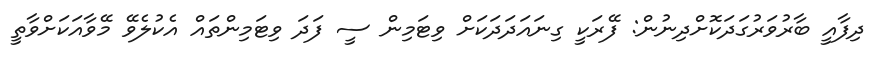
ދިފާއީ ބާރުވަރުގަދަކޮށްދިނުން: ފޭރަކީ ގިނައަދަދަކަށް ވިޓަމިން ސީ ފަދަ ވިޓަމިންތައް އެކުލެވޭ މޭވާއަކަށްވާތީ